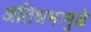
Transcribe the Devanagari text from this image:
अतिश्रमामुळे